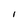
Character: I